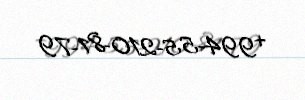
+994-55-210-81-79